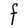
Character: F